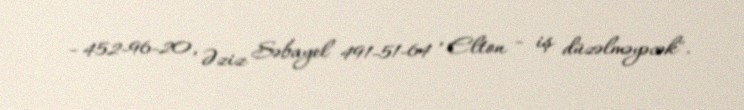
- 452-96-20, Əziz Səbayel 491-51-64 , Elton - iş düzəlməyəcək".